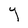
Character: Y